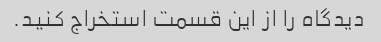
دیدگاه را از این قسمت استخراج کنید.